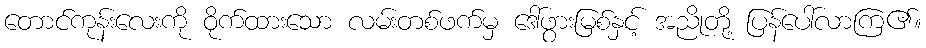
တောင်ကုန်းလေးကို ဝိုက်ထားသော လမ်းတစ်ဖက်မှ ဒေါ်ဖွားမြစ်နှင့် အညိုတို့ ပြန်ပေါ်လာကြ၏။